Report on malaria in the Punjab during the year ...  together with an account of the work of the Punjab Malaria Bureau - Volume 5
Disease focus: Malaria
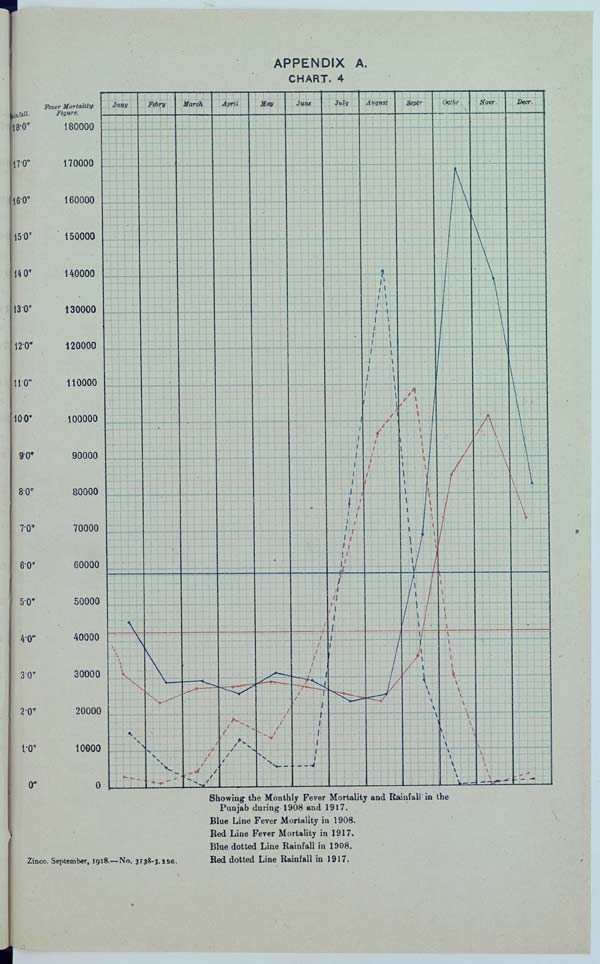
APPENDIX A.
CHART. 4
Showing the Monthly Fever Mortality and Rainfall in the
Punjab during 1908 and 1917.
Blue Line Fever Mortality in 1908.
Red Line Fever Mortality in 1917.
Blue dotted Line Rainfall in 1908.
Zinco. September, 1918.—No. 3138-3. 356. Red dotted Line Rainfall in 1917.